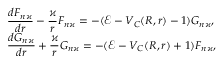
\begin{array} { l } { \displaystyle \frac { d F _ { n \varkappa } } { d r } - \frac { \varkappa } { r } F _ { n \varkappa } = - ( \mathcal { E } - V _ { C } ( R , r ) - 1 ) G _ { n \varkappa } , } \\ { \displaystyle \frac { d G _ { n \varkappa } } { d r } + \frac { \varkappa } { r } G _ { n \varkappa } = - ( \mathcal { E } - V _ { C } ( R , r ) + 1 ) F _ { n \varkappa } , } \end{array}